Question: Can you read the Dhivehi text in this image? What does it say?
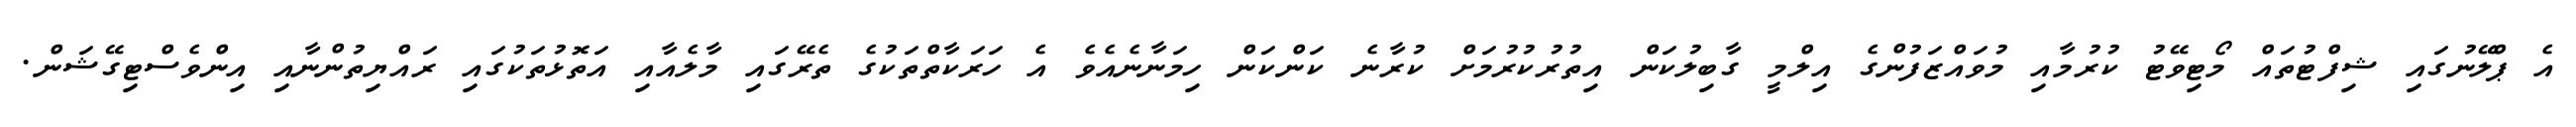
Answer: އެ ޕްލޭނުގައި ޝިފްޓުތައް މޯޓިވޭޓު ކުރުމާއި މުވައްޒަފުންގެ އިލްމީ ގާބިލުކަން އިތުރުކުރުމަށް ކުރާނެ ކަންކަން ހިމަނާނެއެވެ އެ ހަރަކާތްތަކުގެ ތެރޭގައި މާލެއާއި އަތޮޅުތަކުގައި ރައްޔިތުންނާއި އިންވެސްޓިގޭޝަން.